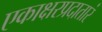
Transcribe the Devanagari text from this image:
एकाक्षरप्रदातारं